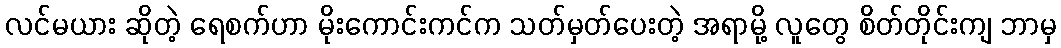
လင်မယား ဆိုတဲ့ ရေစက်ဟာ မိုးကောင်းကင်က သတ်မှတ်ပေးတဲ့ အရာမို့ လူတွေ စိတ်တိုင်းကျ ဘာမှ